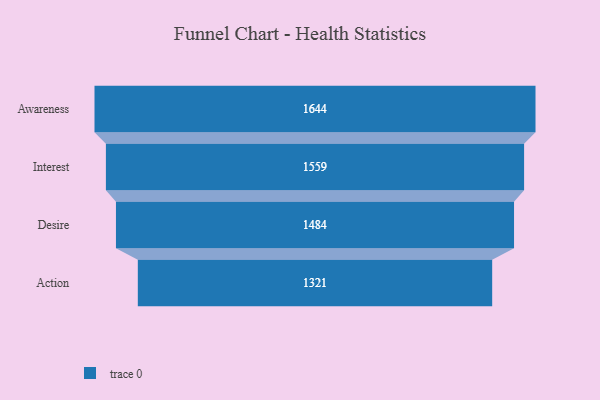
{"axis": {"x": "Stage", "y": "Value"}, "legend": [""], "data": [{"x": "Awareness", "y": 1644.0, "type": ""}, {"x": "Interest", "y": 1559.0, "type": ""}, {"x": "Desire", "y": 1484.0, "type": ""}, {"x": "Action", "y": 1321.0, "type": ""}]}